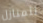
للمنازل